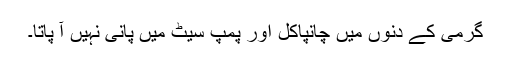
گرمی کے دنوں میں چانپاکل اور پمپ سیٹ میں پانی نہیں آ پاتا۔